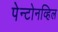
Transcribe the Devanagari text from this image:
पेन्टोनव्हिल